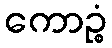
ကောဉ္စံ